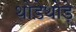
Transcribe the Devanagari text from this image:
थोडे़थोड़े